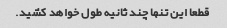
قطعا این تنها چند ثانیه طول خواهد کشید.